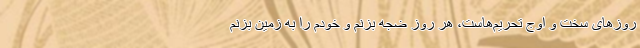
روزهای سخت و اوج تحریم‌هاست، هر روز ضجه بزنم و خودم را به زمین بزنم